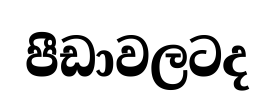
පීඩාවලටද